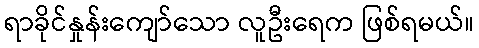
ရာခိုင်နှုန်းကျော်သော လူဦးရေက ဖြစ်ရမယ်။